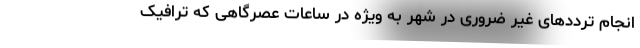
انجام ترددهای غیر ضروری در شهر به ویژه در ساعات عصرگاهی که ترافیک